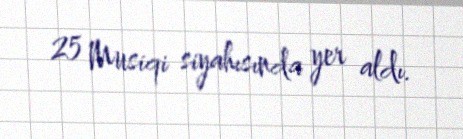
25 Musiqi siyahısında yer aldı.